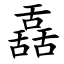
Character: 舙